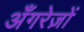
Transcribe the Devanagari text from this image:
अँगरेज़ों